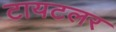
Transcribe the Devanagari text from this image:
टायटलर